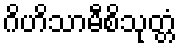
ဂိဟိသာမီစိသုတ္တံ